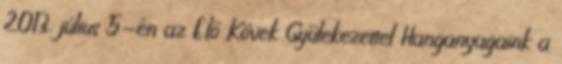
2013. július 5-én az Élő Kövek Gyülekezettel Hanganyagaink a